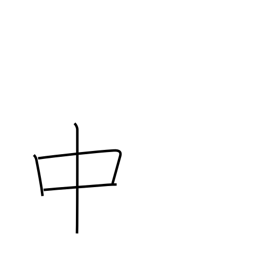
Meaning: in